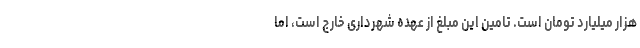
هزار میلیارد تومان است. تامین این مبلغ از عهده شهرداری خارج است، اما